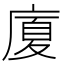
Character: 廈